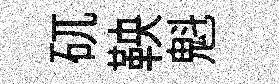
矹鞅魁